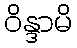
ဝိန္ဒာမိ